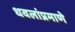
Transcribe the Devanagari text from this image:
धवलांप्रमाणे